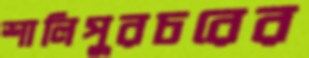
শালিপুরচরের